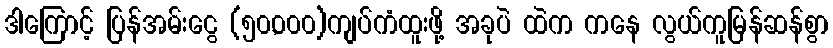
ဒါကြောင့် ပြန်အမ်းငွေ (၅၀,၀၀၀)ကျပ်ကံထူးဖို့ အခုပဲ ထဲက ကနေ လွယ်ကူမြန်ဆန်စွာ